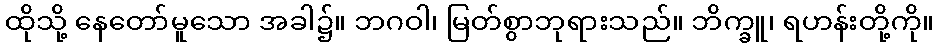
ထိုသို့ နေတော်မူသော အခါ၌။ ဘဂဝါ၊ မြတ်စွာဘုရားသည်။ ဘိက္ခူ၊ ရဟန်းတို့ကို။